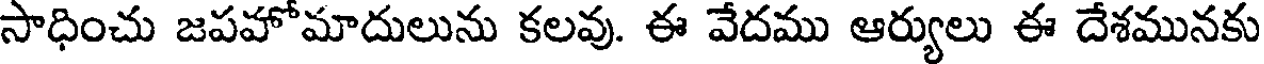
సాధించు జపహోమాదులును కలవు. ఈ వేదము ఆర్యులు ఈ దేశమునకు